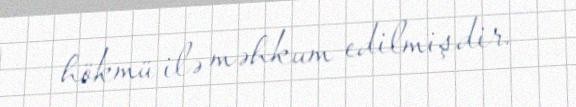
hökmü ilə məhkum edilmişdir.